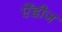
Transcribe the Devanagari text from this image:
ऐंडीज